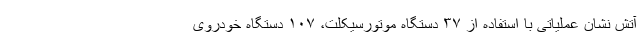
آتش نشان عملیاتی با استفاده از ۳۷ دستگاه موتورسیکلت، ۱۰۷ دستگاه خودروی